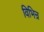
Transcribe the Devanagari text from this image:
विभिन्र